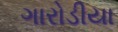
ગારોડીયા